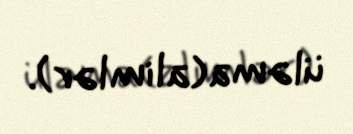
üləma(alimlər).